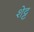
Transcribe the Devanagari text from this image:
शेट्ट